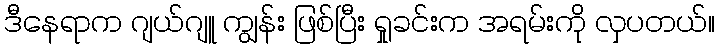
ဒီနေရာက ဂျယ်ဂျူ ကျွန်း ဖြစ်ပြီး ရှုခင်းက အရမ်းကို လှပတယ်။